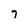
Character: 7